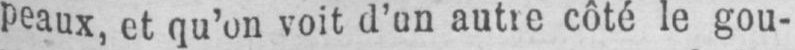
peaux, et qu’on voit d’un autre côté le gou-